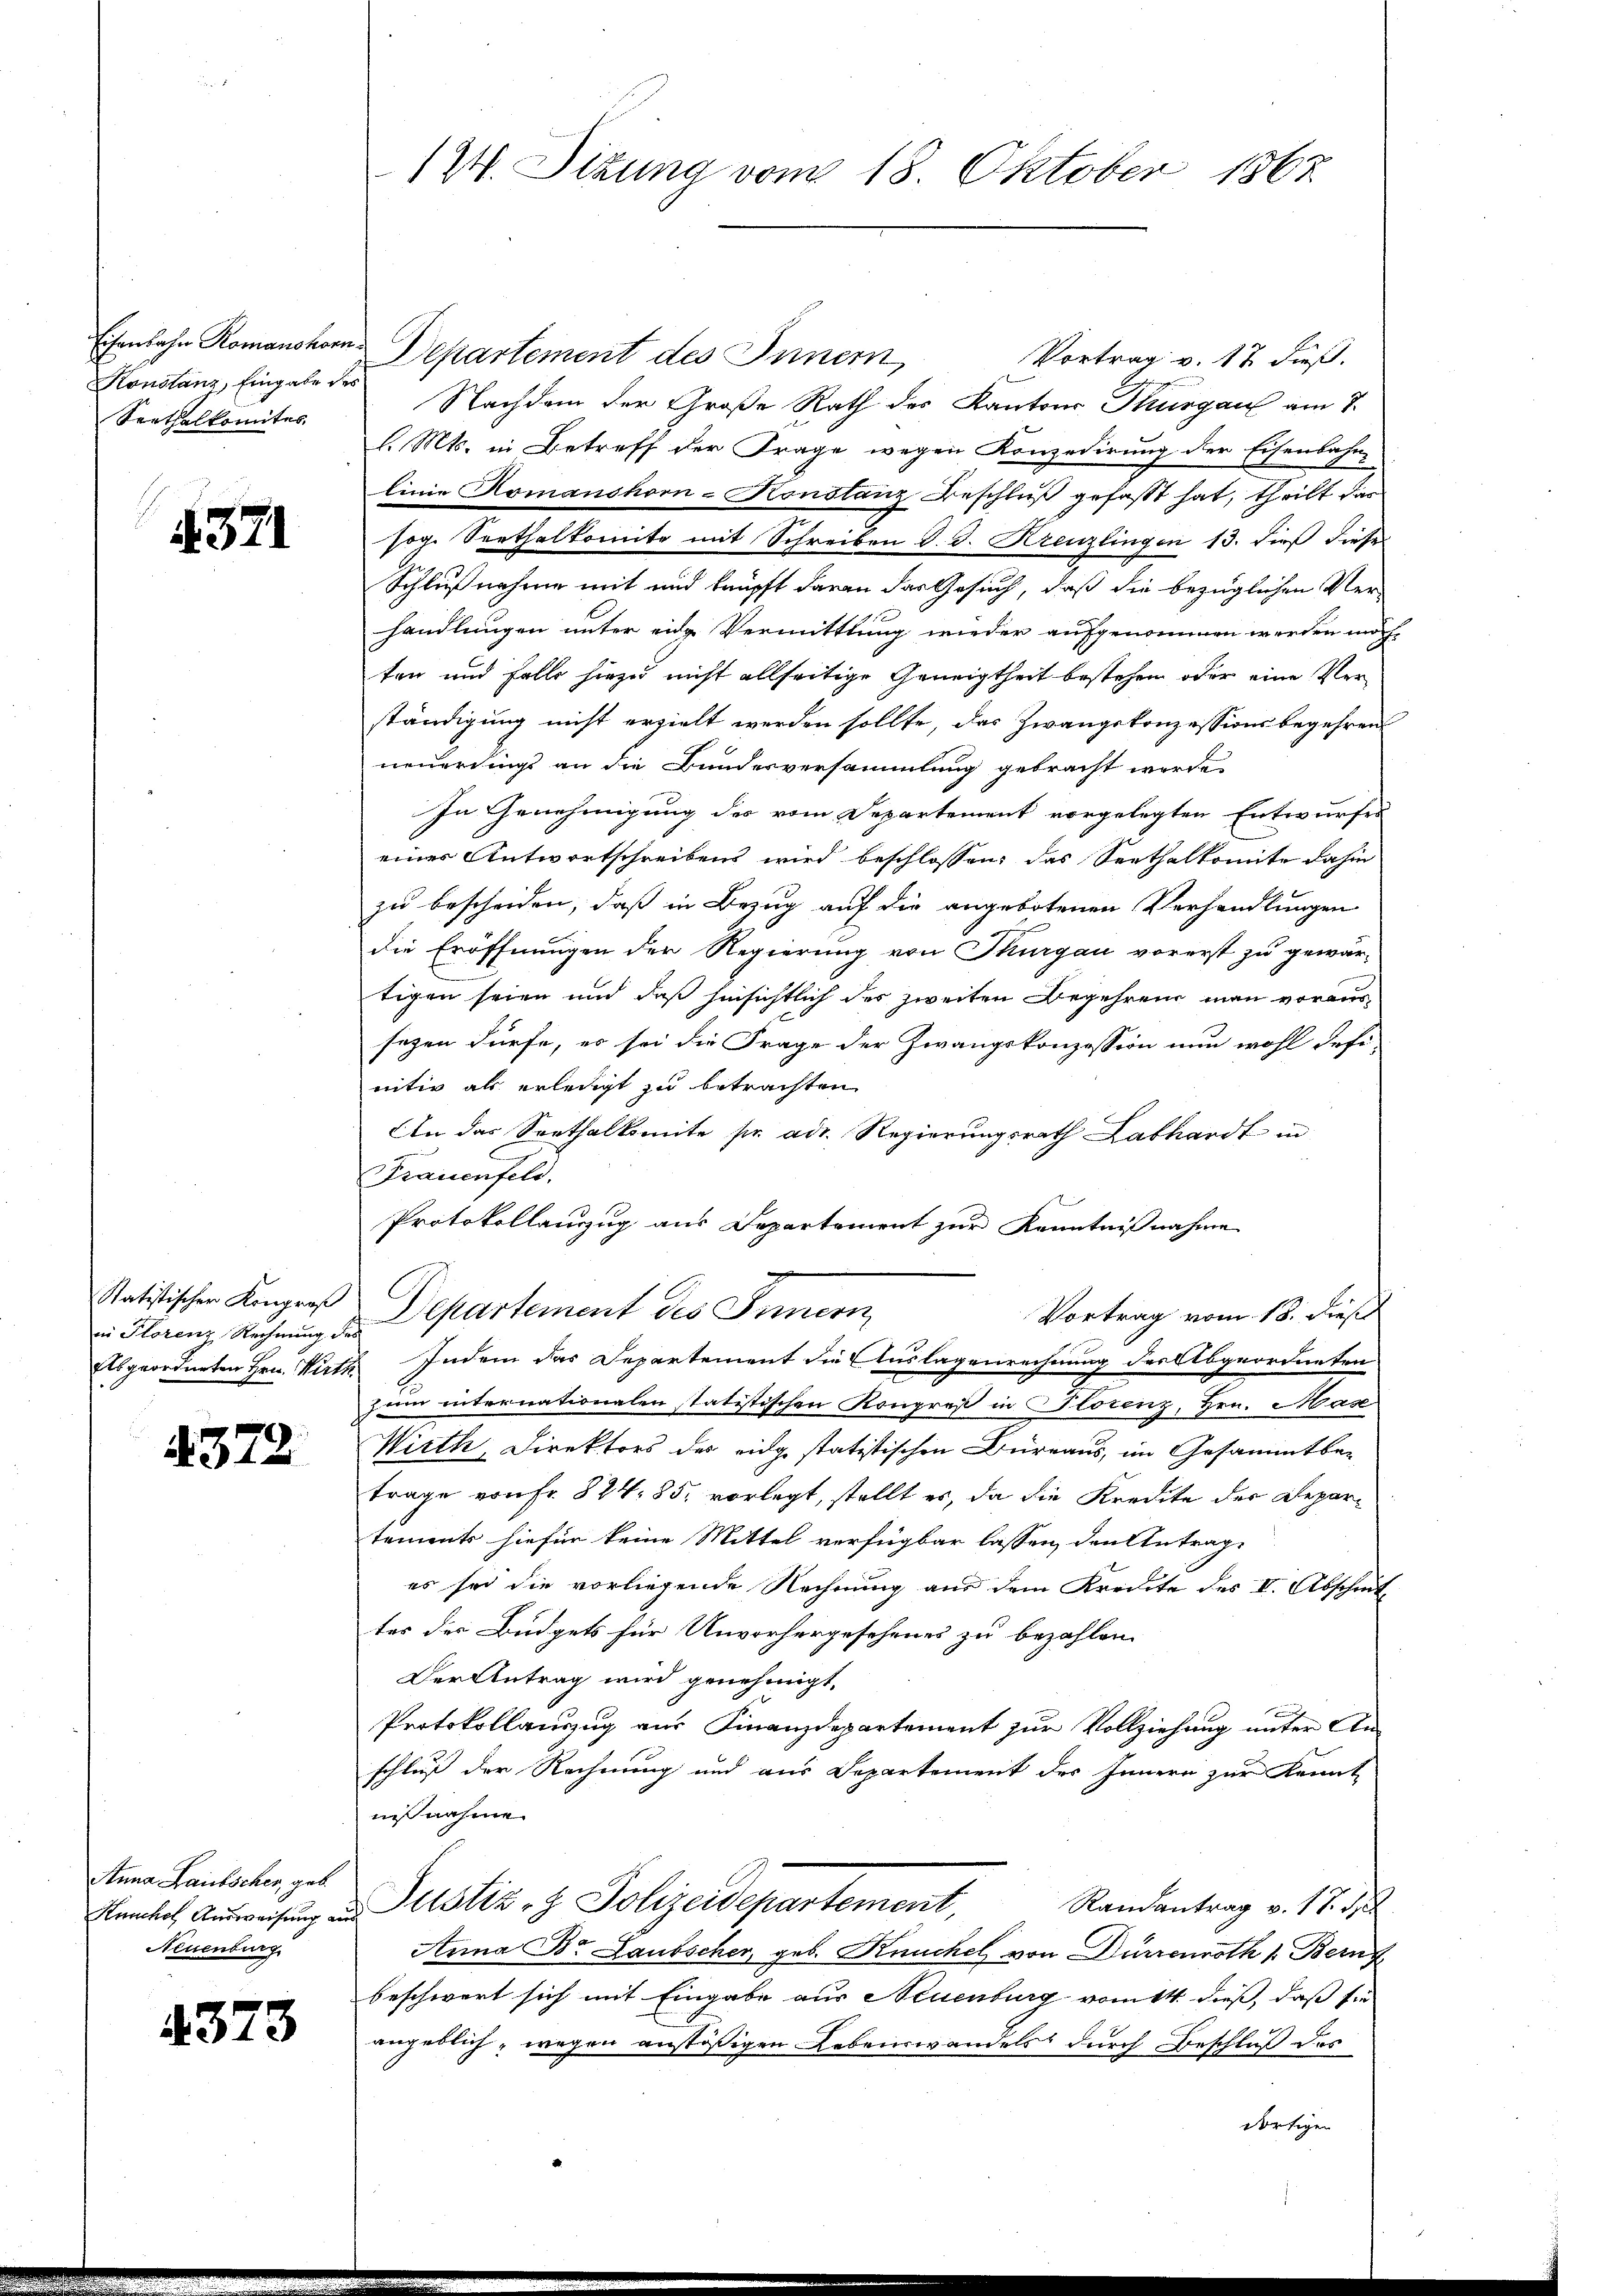
Konstanz, Eingabe des
Serthalkomites

4571

in Florenz Rechnung des

4372

Anna Lautscher, geb.
Neuenburg

4373

124. Sitzung vom 18. Oktober 1867

Eisenbahn Romanshorn Departement des Innern,
Vortrag v. 17 dieß.
Nachdem der Große Rath des Kantons Thurgau am 7.
l. Mts. in Betreff der Frage wegen Konzedirung der Eisenbahn-
linie Nomanshorn-Konstanz Beschluß gefaßt hat, theilt das
sog. Seethalkomite mit Schreiben d. J. Kreuzlingen 13. dieß diese
Schlußnahme mit und knüpft daran das Gesuch, daß die bezüglichen Ver-
handlungen unter eine Vermittlung wieder aufgenommen werden möchten und falls hiezu nicht allseitige Geneigtheit bestehen oder eine Verständigung nicht erzielt werden sollte, das Zwangskonzessionsbegehren
neuerdings an die Bundesversammlung gebracht werde,
In Genehmigung des vom Departement vorgelegten Entwurfes
einer Antwortschreibens wird beschlossen, das Seethalkomite dahin
zu bescheiden, daß in Bezug auf die angebotenen Verhandlungen
die Eröffnungen der Regierung von Thurgau vorerst zu gewärtigen seien und daß hinsichtlich des zweiten Begehrend man voraussezen dürfe, es sei die Frage der Zwangskonzession nun wohl defi-
nitiv als erledigt zu betrachten
An das Sorthalkomite pr adr. Regierungsrath Labhardt in
Frauenfeld,
Protokollauszug aus Departement zur Kenntnißnahme
Satistischen Kongreß Departement des Innern
Vortrag vom 18. dieß
Alsgeordneten Hrn. Wirth Indem das Departement die Auslagenrechnung der Abgeordneten
z um internationalen statistischen Kongreß in Florenz, Hrn. Has
Wirth, Direktors des eidge statistischen Büreaus, im Gesammtbetrage von Fr. 824. 85. vorlegt, stellt es, da die Kredite der Departements hiefür keine Mittel verfügbar lassen, den Antrage
es sei die vorliegende Rechnung aus dem Kreute des I. Abschnittes der Büdgets für Unvorhergesehenes zu bezahlen.
Der Antrag wird genehmigt.
Protokollauszug aus Finanzdepartement zur Vollziehung unter Anschluß der Rechnung und aus Departement des Innern zur Kennt
nisnahme
Randantrag v. 18. 1
unkel Ausweisung und ustiz- & Polizeidepartement,
Anna Dr. Laubscher, geb. Knuchel von Dürrenroth 1. Bern
beschwert sich mit Eingabe aus Neuenburg vomtt dieß, daß sie
angeblich, wegen anstößigen Lebenswandels durch Beschluß des
dortigen